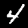
Label: 4